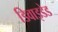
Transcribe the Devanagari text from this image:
डिवाइडेड